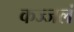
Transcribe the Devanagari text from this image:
कज्जलं